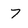
Character: 7